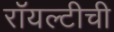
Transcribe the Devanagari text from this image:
रॉयल्टीची